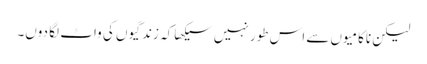
لیکن ناکامیوں سے اس طور نہیں سیکھا کہ زندگیوں کی واٹ لگا دوں۔